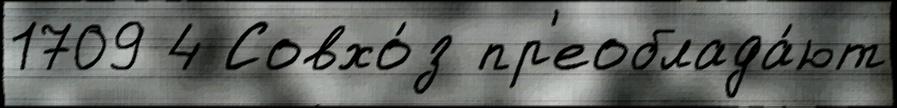
1709 4 Совхо́з пр'еоблада́ют